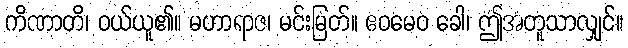
ကိဏာတိ၊ ဝယ်ယူ၏။ မဟာရာဇ၊ မင်းမြတ်။ ဧဝမေဝ ခေါ၊ ဤအတူသာလျှင်။